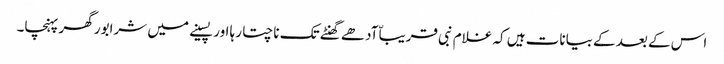
اس کے بعد کے بیانات ہیں کہ غلام نبی قریباّ آدھے گھنٹے تک ناچتا رہا اور پسینے میں شرابور گھر پہنچا۔